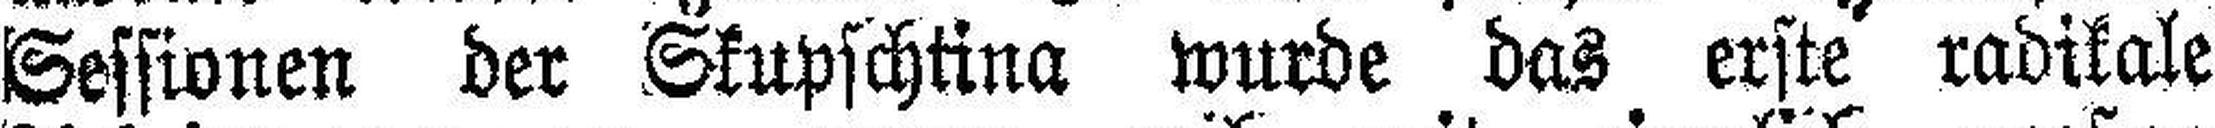
Sessionen der Skupschtina wurde das erste radikale